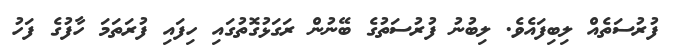
ފުރުސަތެއް ލިބިފައެވެ. ލިބުނު ފުރުސަތުގެ ބޭނުން ރަގަޅުގޮތުގައި ހިފައި ފުރަތަމަ ހާފުގެ ފަހު